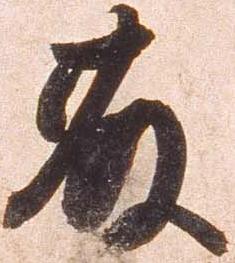
藤